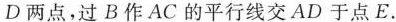
D两点，过B作AC的平行线交AD于 点E.